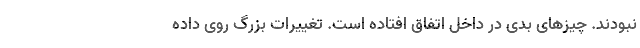
نبودند. چیزهای بدی در داخل اتفاق افتاده است. تغییرات بزرگ روی داده